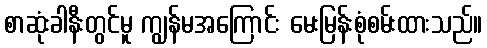
စာဆုံးခါနီးတွင်မူ ကျွန်မအကြောင်း မေးမြန်းစုံစမ်းထားသည်။